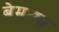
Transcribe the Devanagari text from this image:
बेमट्या